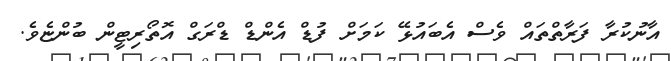
އާނުކުރާ ފަރާތްތައް ވެސް އެބައުޅޭ ކަމަށް ފުޑް އެންޑް ޑްރަގް އޮތޯރިޓީން ބުންޏެވެ.